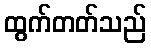
ထွက်တတ်သည်